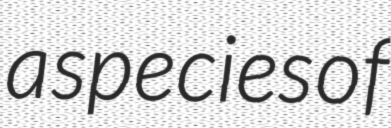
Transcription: a species of